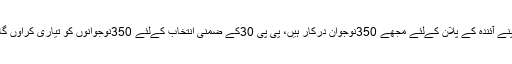
اپنے آئندہ کے پلان کےلئے مجھے 350نوجوان درکار ہیں، پی پی 30کے ضمنی انتخاب کےلئے 350نوجوانوں کو تیاری کراوں گا۔